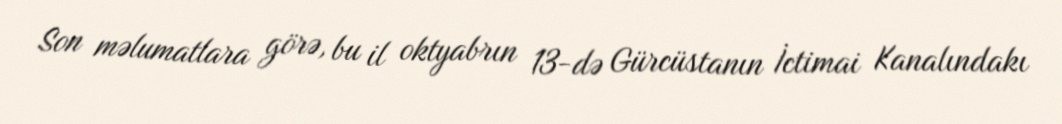
Son məlumatlara görə, bu il oktyabrın 13-də Gürcüstanın İctimai Kanalındakı